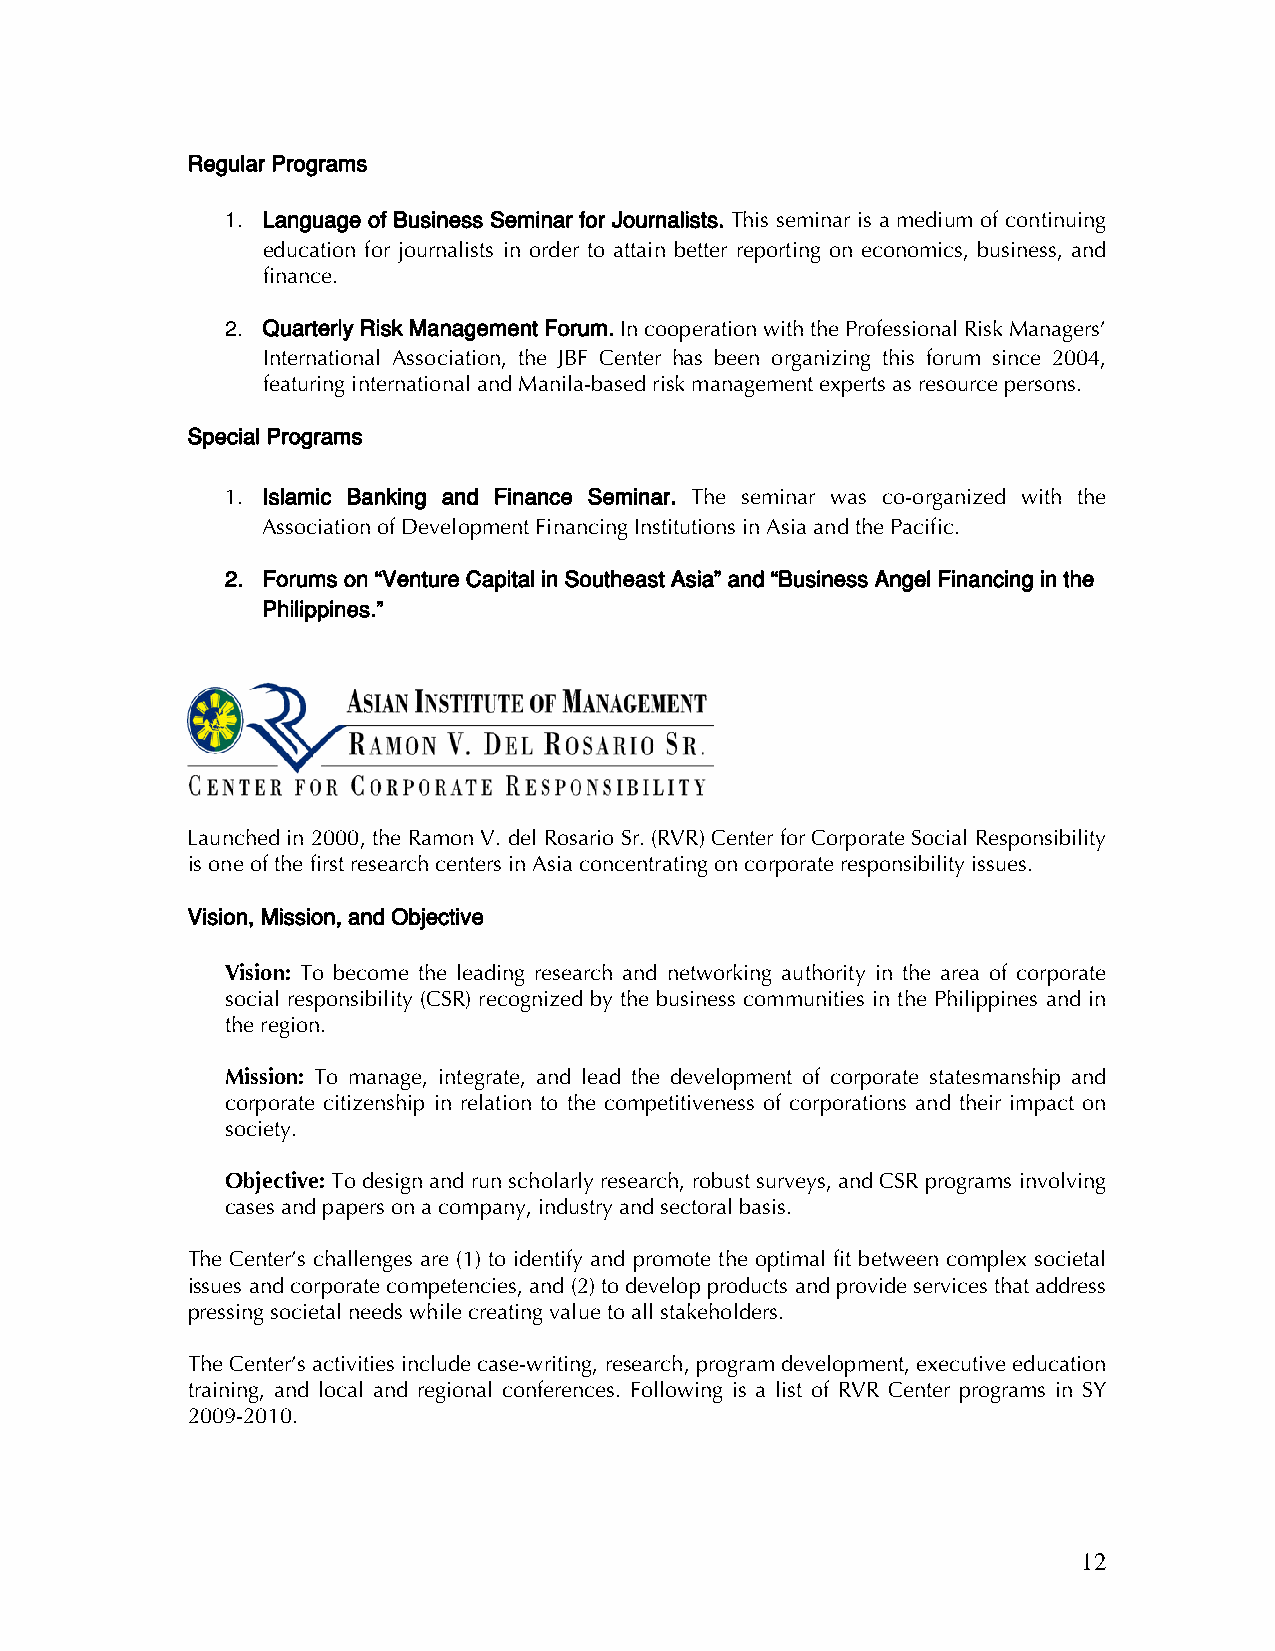
Regular Programs
 1. Language of Business Seminar for Journalists. This seminar is a medium of continuing
 education for journalists in order to attain better reporting on economics, business, and
 finance.
 2. Quarterly Risk Management Forum. In cooperation with the Professional Risk Managers’
 International Association, the JBF Center has been organizing this forum since 2004,
 featuring international and Manila-based risk management experts as resource persons.
 Special Programs
 1. Islamic Banking and Finance Seminar. The seminar was co-organized with the
 Association of Development Financing Institutions in Asia and the Pacific.
 2. Forums on “Venture Capital in Southeast Asia” and “Business Angel Financing in the
 Philippines.”
 Launched in 2000, the Ramon V. del Rosario Sr. (RVR) Center for Corporate Social Responsibility
 is one of the first research centers in Asia concentrating on corporate responsibility issues.
 Vision, Mission, and Objective
 Vision: To become the leading research and networking authority in the area of corporate
 social responsibility (CSR) recognized by the business communities in the Philippines and in
 the region.
 Mission: To manage, integrate, and lead the development of corporate statesmanship and
 corporate citizenship in relation to the competitiveness of corporations and their impact on
 society.
 Objective: To design and run scholarly research, robust surveys, and CSR programs involving
 cases and papers on a company, industry and sectoral basis.
 The Center’s challenges are (1) to identify and promote the optimal fit between complex societal
 issues and corporate competencies, and (2) to develop products and provide services that address
 pressing societal needs while creating value to all stakeholders.
 The Center’s activities include case-writing, research, program development, executive education
 training, and local and regional conferences. Following is a list of RVR Center programs in SY
 2009-2010.
 12